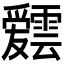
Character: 𮦸